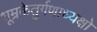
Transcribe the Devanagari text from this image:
धूम्रकेतुर्गणाध्यक्षो